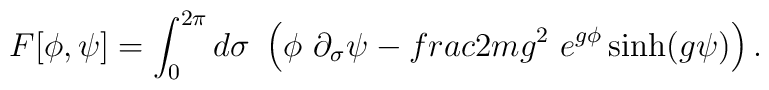
F[\phi ,\psi ]=\int_0^{2\pi }d\sigma ~\left( \phi ~\partial _\sigma \psi -{\\frac{2m}{g^2}}~e^{g\phi }\sinh (g\psi )\right) .